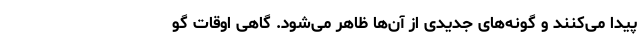
پیدا می‌کنند و گونه‌های جدیدی از آن‌ها ظاهر می‌شود. گاهی اوقات گو